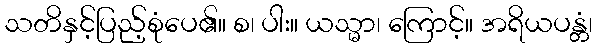
သတိနှင့်ပြည့်စုံပေ၏။ စ၊ ပါး။ ယသ္မာ၊ ကြောင့်။ အရိယပန္တံ၊